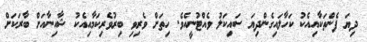
ދިޔަ ފެންތަކާއިއެކު ކަހާލައިގެންދިޔަ ސައިކަލު ވެއްޓުނީއެވެ. ހިތަށް ވެރިވި ބިރުވެރިކަމާއިއެކު ޝާއިނާއަށް ބާރަކަށް